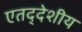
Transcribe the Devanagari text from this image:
एतद्‍देशीय